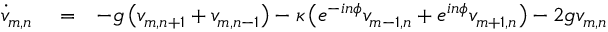
\begin{array} { r l r } { \dot { v } _ { m , n } } & { { } = } & { - g \left( v _ { m , n + 1 } + v _ { m , n - 1 } \right) - \kappa \left( e ^ { - i n \phi } v _ { m - 1 , n } + e ^ { i n \phi } v _ { m + 1 , n } \right) - 2 g v _ { m , n } } \end{array}